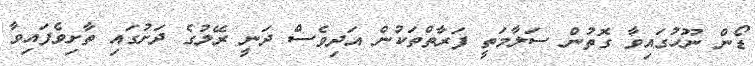
ޑޯން ނޫހުގައިވާ ގޮތުން ސަލާމަތީ ފަރާތްތަކުން އަދިވެސް ދަނީ ރޭލުގެ ދަށުގައި ތާށިވެފައިވާ